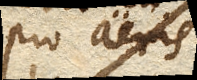
pro aeris